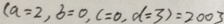
( a = 2 , b = 0 , c = 0 , d = 3 ) = 2 0 0 3